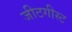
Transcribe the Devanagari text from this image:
जीटगीस्ट